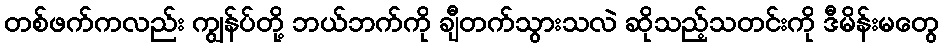
တစ်ဖက်ကလည်း ကျွန်ပ်တို့ ဘယ်ဘက်ကို ချီတက်သွားသလဲ ဆိုသည့်သတင်းကို ဒီမိန်းမတွေ